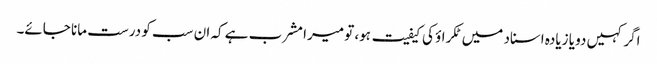
اگر کہیں دو یا زیادہ اسناد میں ٹکراؤ کی کیفیت ہو، تو میرا مشرب ہے کہ ان سب کو درست مانا جائے۔